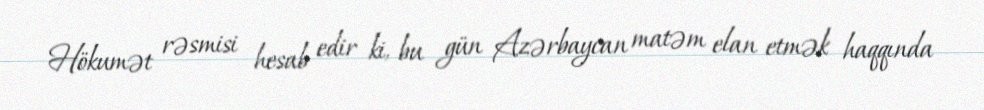
Hökumət rəsmisi hesab edir ki, bu gün Azərbaycan matəm elan etmək haqqında